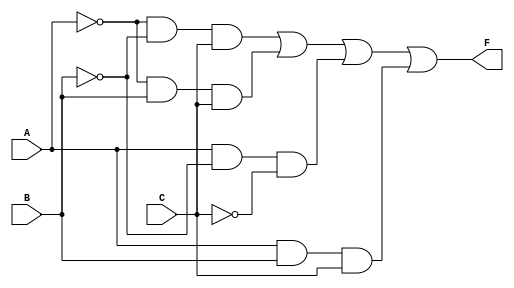
module multi_level_logic (
    input wire A,  // Input variable A
    input wire B,  // Input variable B
    input wire C,  // Input variable C
    output wire F  // Output variable F
);

// Intermediate signals for multi-level logic
wire not_A;      // NOT gate output for A
wire not_B;      // NOT gate output for B
wire not_C;      // NOT gate output for C
wire term1;     // A'B'C
wire term2;     // A'BC
wire term3;     // AB'C'
wire term4;     // ABC

// Level 1: Invert inputs
assign not_A = ~A; // NOT A
assign not_B = ~B; // NOT B
assign not_C = ~C; // NOT C

// Level 2: Generate product terms
assign term1 = not_A & not_B & C; // A'B'C
assign term2 = not_A & B & C;      // A'BC
assign term3 = A & not_B & not_C;  // AB'C'
assign term4 = A & B & C;          // ABC

// Level 3: Combine product terms to get final output
assign F = term1 | term2 | term3 | term4; // F = A'B'C + A'BC + AB'C' + ABC

endmodule